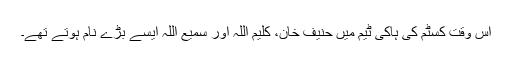
اس وقت کسٹم کی ہاکی ٹیم میں حنیف خان، کلیم اللہ اور سمیع اللہ ایسے بڑے نام ہوتے تھے۔